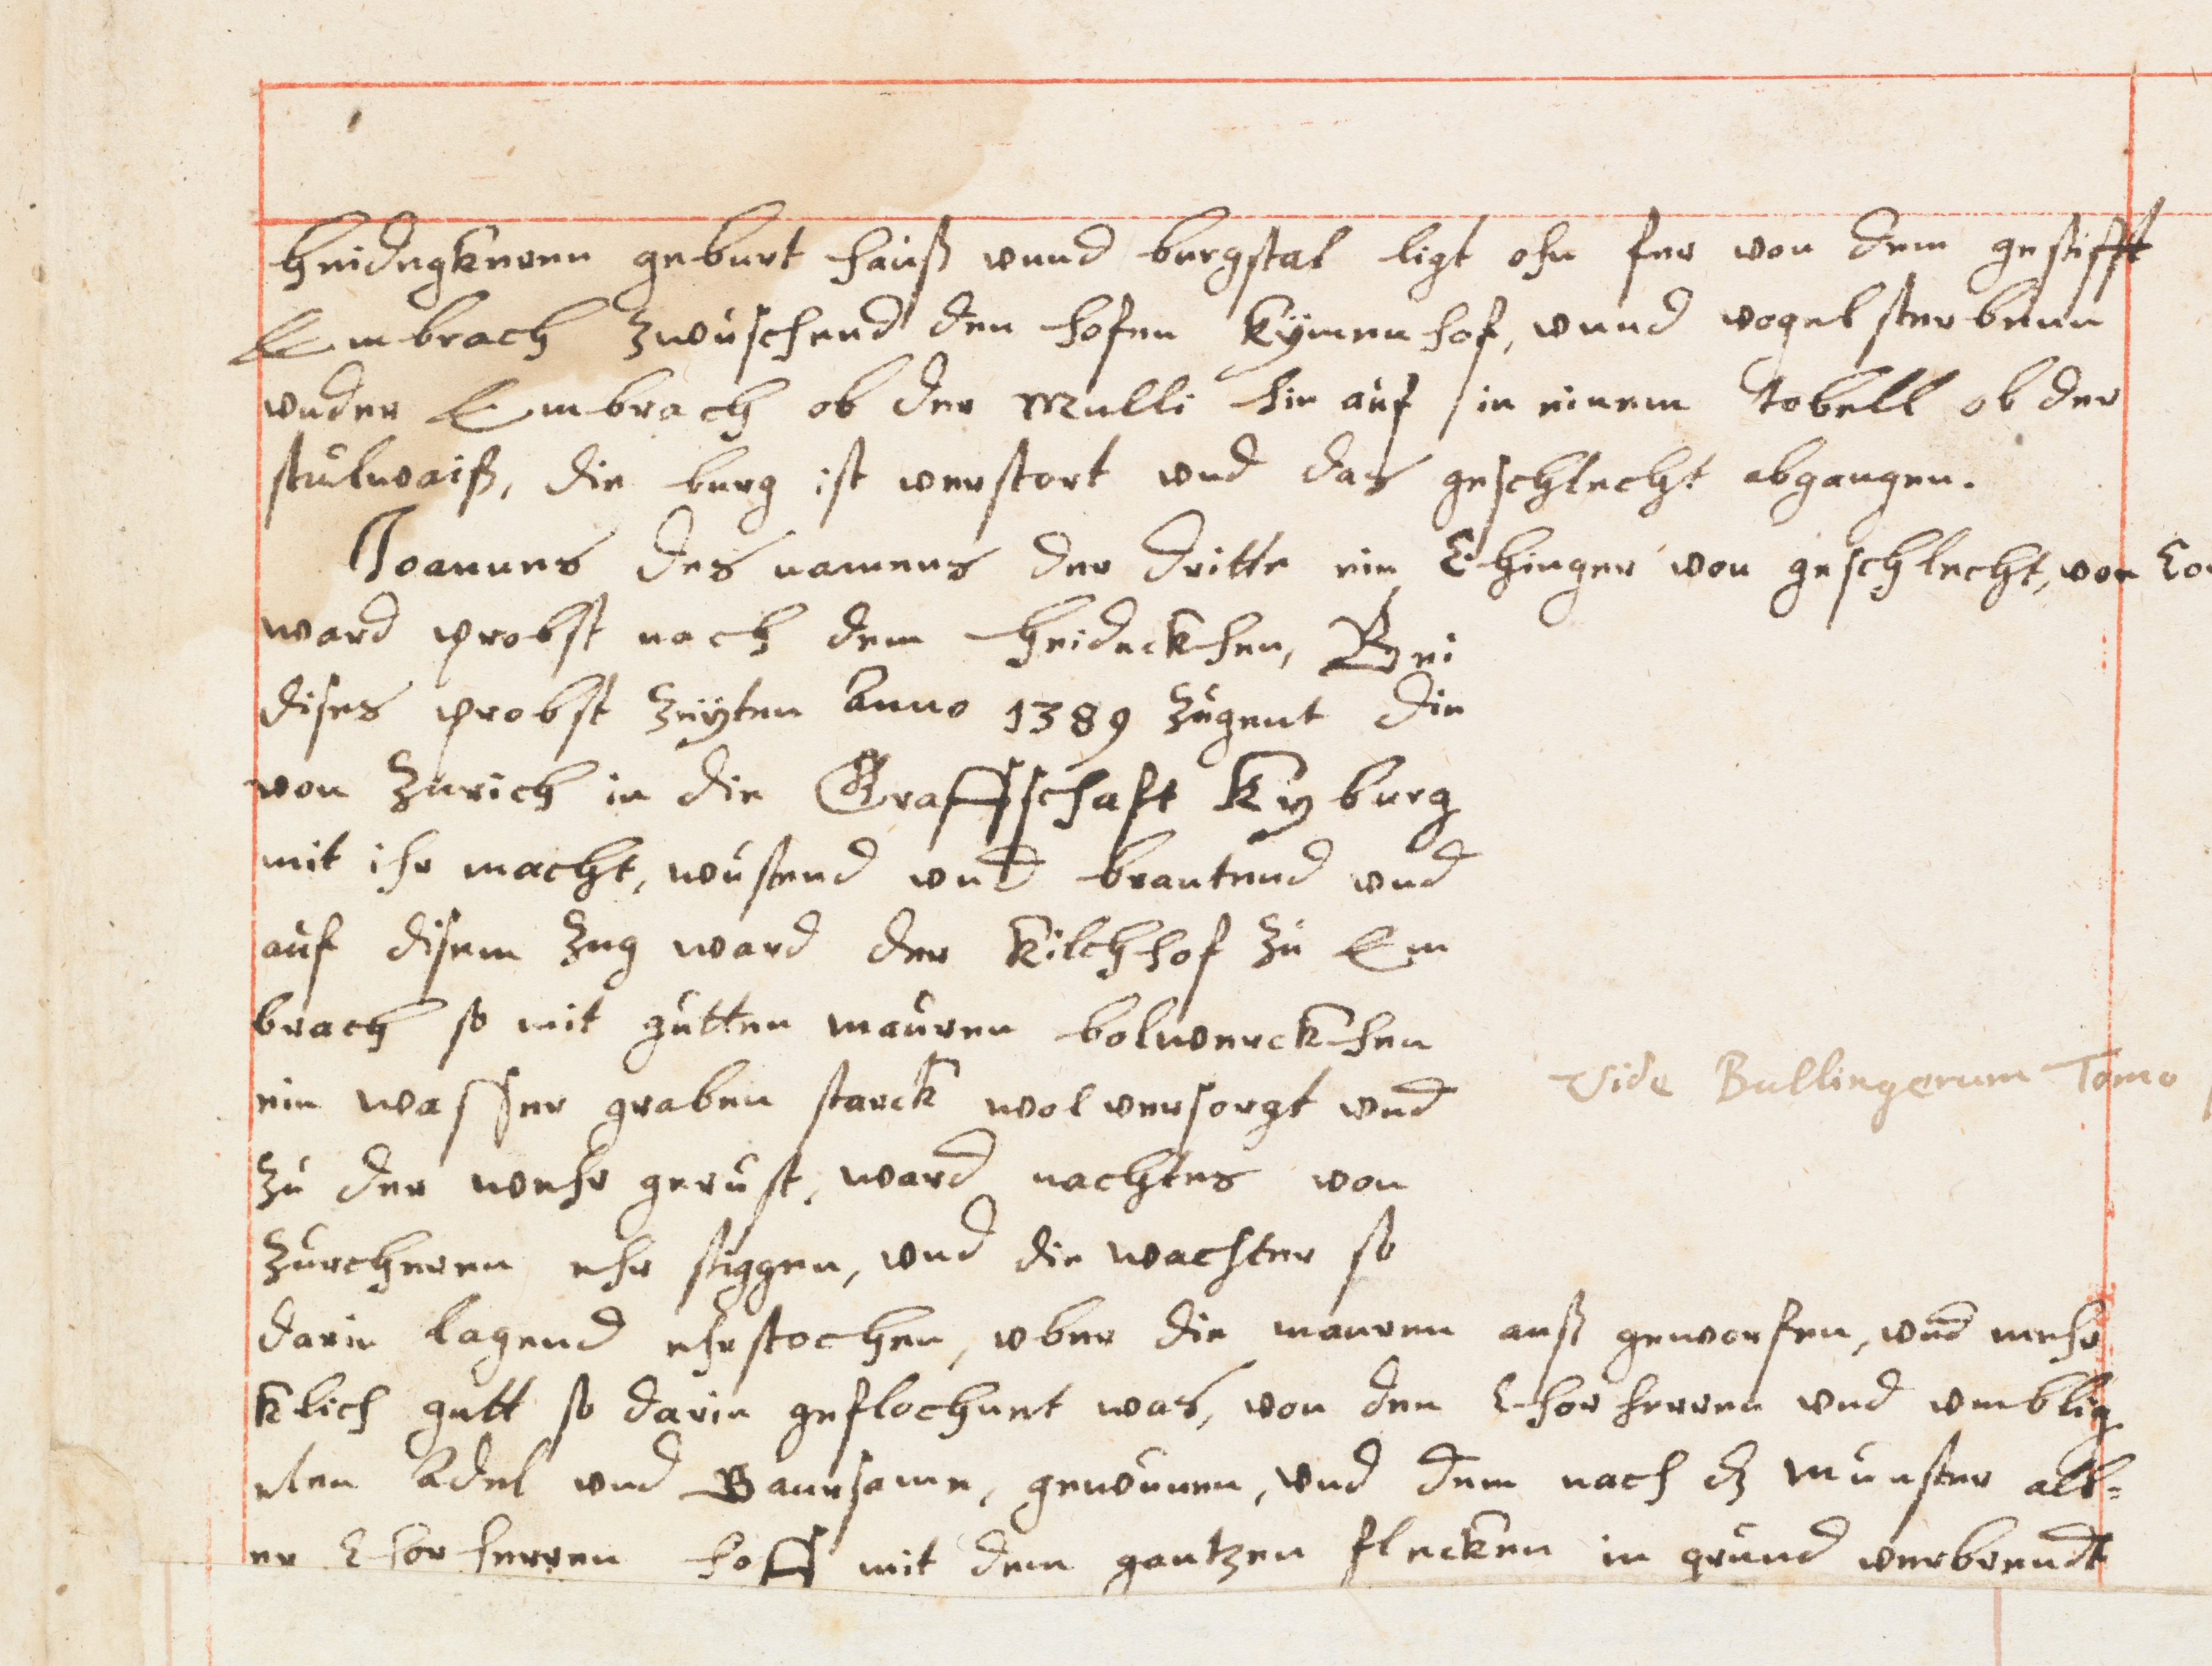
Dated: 1614–1638